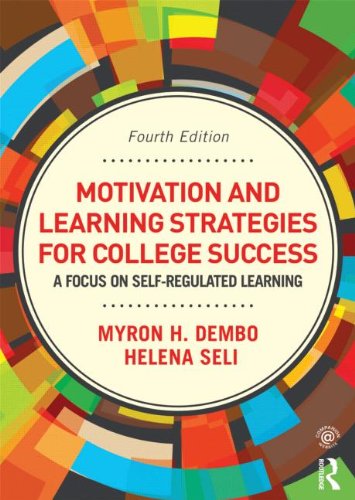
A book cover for Motivation and Learning Strategies for College Success: A Focus on Self-Regulated Learning; Helena Seli; Test Preparation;